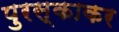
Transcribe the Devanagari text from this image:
पुरस्काकर